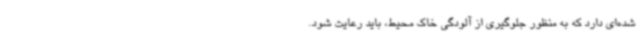
شده‌ای دارد که به منظور جلوگیری از آلودگی خاک محیط، باید رعایت شود.